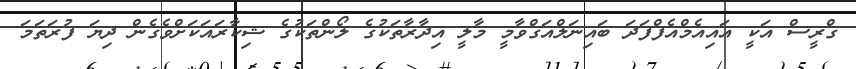
ގްރީސް އަކީ އައިއެމްއެފްފަދަ ބައިނަލްއަގްވާމީ މާލީ އިދާރާތަކުގެ ލޯންތަކުގެ ޝިކާރައަކަށްވެގެން ދިޔަ ފުރަތަމަ